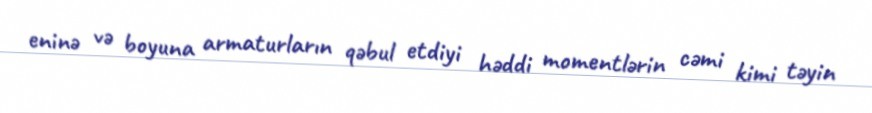
eninə və boyuna armaturların qəbul etdiyi həddi momentlərin cəmi kimi təyin